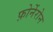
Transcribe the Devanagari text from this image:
फ़ोर्नेरोन